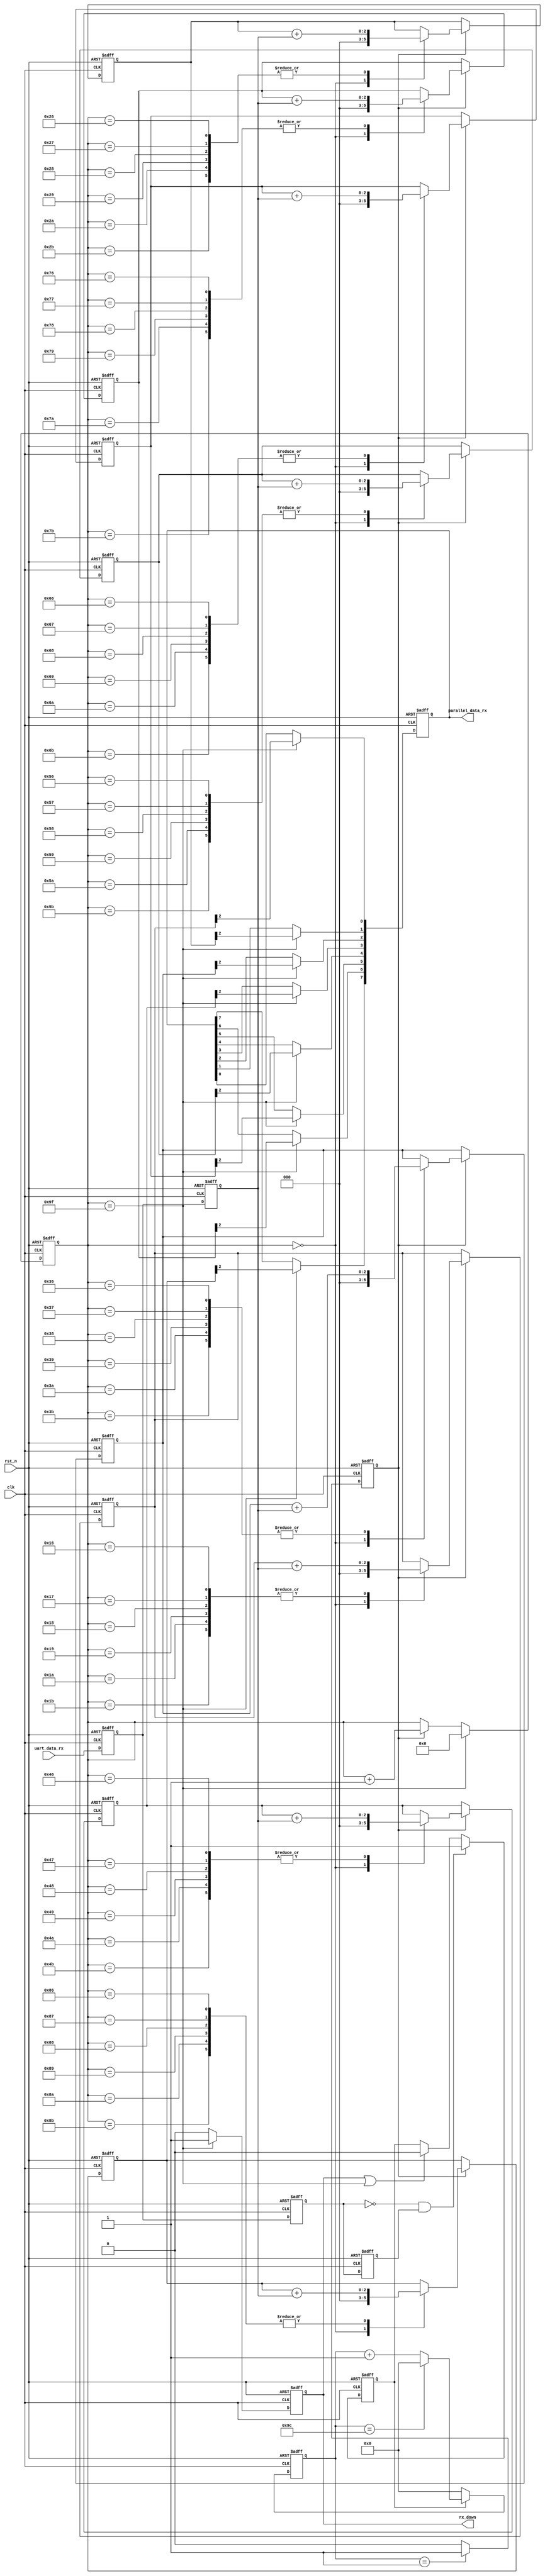
`timescale 1ns / 1ps
//////////////////////////////////////////////////////////////////////////////////
// Company: 
// Engineer: 
// 
// Design Name: 
// Module Name:    uart_byte_rx 
// Project Name: 
// Target Devices: 
// Tool versions: 
// Description: 
//
// Dependencies: 
//
// Revision: 
// Revision 0.01 - File Created
// Additional Comments: 
//
//////////////////////////////////////////////////////////////////////////////////
//
module uartuart_byte_rx(
    rst_n, clk,uart_data_rx,parallel_data_rx,rx_down);
	input rst_n;               //
	input clk;                //
	input uart_data_rx;                   //
	output reg [7:0]parallel_data_rx;     //
	output reg rx_down;         //
	
	reg s1_uart_data_rx,s2_uart_data_rx;       //
	reg tmp_a_uart_data_rx,tmp_b_uart_data_rx;       //
	reg[8:0]bps_count;      //
	reg uart_rx_state;      //
	reg bps_clk;            //9600/16
	reg[7:0]bps_clk_count;     //159
	wire nedge;              //       
	
	reg[2:0]temporary_reserve[7:0];                    //temporary
	reg[3:0]start_receive,end_receive;                 //
	parameter BPSBPS=9'd156;           //
	//parameter BPSBPS=13'd5;
	
	// ,
	always@(posedge clk or negedge rst_n)
	begin
	if(!rst_n)
		begin
		s1_uart_data_rx<=1'b0;
		s2_uart_data_rx<=1'b0;
		end
	else
		begin
		s1_uart_data_rx<=uart_data_rx;
		s2_uart_data_rx<=s1_uart_data_rx;
		end
	end
	//
	//D
	always@(posedge clk or negedge rst_n)
	begin
	if(!rst_n)
		begin
		tmp_a_uart_data_rx<=1'b0;
		tmp_b_uart_data_rx<=1'b0;
		end
	else
		begin
		tmp_a_uart_data_rx<=s1_uart_data_rx;
		tmp_b_uart_data_rx<=tmp_a_uart_data_rx;
		end
	end
	
	//
	assign nedge=(!tmp_a_uart_data_rx)&tmp_b_uart_data_rx;   //
	//
	always@(posedge clk or negedge rst_n)
	begin
	if(!rst_n)
	    uart_rx_state<=1'b0;
	else if(nedge)
		uart_rx_state<=1'b1;
	else if(rx_down|bps_clk_count==8'd159)
		uart_rx_state<=1'b0;
	else
		uart_rx_state<=uart_rx_state;
	end
	
	//9600/16bps
	always@(posedge clk or negedge rst_n)
	begin
	if(!rst_n)
		bps_count<=9'd0;
	else if(uart_rx_state==1'b1)
	begin
		if(bps_count==BPSBPS)
			bps_count<=9'd0;
		else
			bps_count<=bps_count+1'b1;
	end
	else
		bps_count<=9'd0;
	end
	
	// 
	always@(posedge clk or negedge rst_n)
	begin
	if(!rst_n)
		bps_clk<=1'b0;
	else if(bps_count==9'd1)
		bps_clk<=1'b1;
	else
		bps_clk<=1'b0;
	end
	
	// 159
	always@(posedge clk or negedge rst_n)
	begin
	if(!rst_n)
		bps_clk_count<=8'd0;
	else if(bps_clk_count==8'd159)       //8++1001~10
		bps_clk_count<=4'b0;
	else if(bps_clk)
		bps_clk_count<=bps_clk_count+1'b1;
	else
		bps_clk_count<=bps_clk_count;
	end
	
	//
	always@(posedge clk or negedge rst_n)
	begin
	if(!rst_n)
		rx_down<=1'b0;
	else if(bps_clk_count==8'd159)
		rx_down<=1'b1;
	else 
		rx_down<=1'b0;
	end
	
	always@(posedge clk or negedge rst_n)
	begin
	if(!rst_n)
	begin
	start_receive<=3'd0;
	temporary_reserve[0]<=3'b0;
	temporary_reserve[1]<=3'b0;
	temporary_reserve[2]<=3'b0;
	temporary_reserve[3]<=3'b0;
	temporary_reserve[4]<=3'b0;
	temporary_reserve[5]<=3'b0;
	temporary_reserve[6]<=3'b0;
	temporary_reserve[7]<=3'b0;
	end_receive<=3'd0;
	end
	else if(bps_clk)
		case(bps_clk_count)
		8'd0:
		     begin
	         start_receive<=3'd0;
	         temporary_reserve[0]<=3'b0;
	         temporary_reserve[1]<=3'b0;
	         temporary_reserve[2]<=3'b0;
	         temporary_reserve[3]<=3'b0;
	         temporary_reserve[4]<=3'b0;
	         temporary_reserve[5]<=3'b0;
	         temporary_reserve[6]<=3'b0;
	         temporary_reserve[7]<=3'b0;
	         end_receive<=3'd0;
	         end
		8'd6,8'd7,8'd8,8'd9,8'd10,8'd11:start_receive<=start_receive+s2_uart_data_rx;
		8'd22,8'd23,8'd24,8'd25,8'd26,8'd27:temporary_reserve[0]<=temporary_reserve[0]+s2_uart_data_rx;
		8'd38,8'd39,8'd40,8'd41,8'd42,8'd43:temporary_reserve[1]<=temporary_reserve[1]+s2_uart_data_rx;
		8'd54,8'd55,8'd56,8'd57,8'd58,8'd59:temporary_reserve[2]<=temporary_reserve[2]+s2_uart_data_rx;
		8'd70,8'd71,8'd72,8'd73,8'd74,8'd75:temporary_reserve[3]<=temporary_reserve[3]+s2_uart_data_rx;
		8'd86,8'd87,8'd88,8'd89,8'd90,8'd91:temporary_reserve[4]<=temporary_reserve[4]+s2_uart_data_rx;
		8'd102,8'd103,8'd104,8'd105,8'd106,8'd107:temporary_reserve[5]<=temporary_reserve[5]+s2_uart_data_rx;
		8'd118,8'd119,8'd120,8'd121,8'd122,8'd123:temporary_reserve[6]<=temporary_reserve[6]+s2_uart_data_rx;
		8'd134,8'd135,8'd136,8'd137,8'd138,8'd139:temporary_reserve[7]<=temporary_reserve[7]+s2_uart_data_rx;
		8'd150,8'd151,8'd152,8'd153,8'd154,8'd155:end_receive<=end_receive+s2_uart_data_rx;
		default:
			begin
			start_receive<=start_receive;
	        temporary_reserve[0]<=temporary_reserve[0];
	        temporary_reserve[1]<=temporary_reserve[1];
	        temporary_reserve[2]<=temporary_reserve[2];
	        temporary_reserve[3]<=temporary_reserve[3];
	        temporary_reserve[4]<=temporary_reserve[4];
	        temporary_reserve[5]<=temporary_reserve[5];
	        temporary_reserve[6]<=temporary_reserve[6];
	        temporary_reserve[7]<=temporary_reserve[7];
	        end_receive<=end_receive;
	        end
		endcase
	        else
		    begin
		    start_receive<=start_receive;
	        temporary_reserve[0]<=temporary_reserve[0];
	        temporary_reserve[1]<=temporary_reserve[1];
	        temporary_reserve[2]<=temporary_reserve[2];
	        temporary_reserve[3]<=temporary_reserve[3];
	        temporary_reserve[4]<=temporary_reserve[4];
	        temporary_reserve[5]<=temporary_reserve[5];
	        temporary_reserve[6]<=temporary_reserve[6];
	        temporary_reserve[7]<=temporary_reserve[7];
	        end_receive<=end_receive;
	        end
	end
	//
	always@(posedge clk or negedge rst_n)
	begin
	if(!rst_n)
	    parallel_data_rx<=8'd0;
	else if(bps_clk_count==8'd159)
	    begin
	    parallel_data_rx[0]<=temporary_reserve[0][2];
	    parallel_data_rx[1]<=temporary_reserve[1][2];
	    parallel_data_rx[2]<=temporary_reserve[2][2];
	    parallel_data_rx[3]<=temporary_reserve[3][2];
	    parallel_data_rx[4]<=temporary_reserve[4][2];
	    parallel_data_rx[5]<=temporary_reserve[5][2];
	    parallel_data_rx[6]<=temporary_reserve[6][2];
	    parallel_data_rx[7]<=temporary_reserve[7][2];
	    end
	else
	    begin
	    parallel_data_rx[0]<=parallel_data_rx[0];
	    parallel_data_rx[1]<=parallel_data_rx[1];
	    parallel_data_rx[2]<=parallel_data_rx[2];
	    parallel_data_rx[3]<=parallel_data_rx[3];
	    parallel_data_rx[4]<=parallel_data_rx[4];
	    parallel_data_rx[5]<=parallel_data_rx[5];
	    parallel_data_rx[6]<=parallel_data_rx[6];
	    parallel_data_rx[7]<=parallel_data_rx[7];
	    end
	end


endmodule